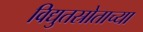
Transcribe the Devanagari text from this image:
विद्युतस्रोताच्या